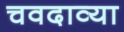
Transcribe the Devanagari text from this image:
चवदाव्या